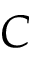
C